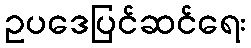
ဥပဒေပြင်ဆင်ရေး